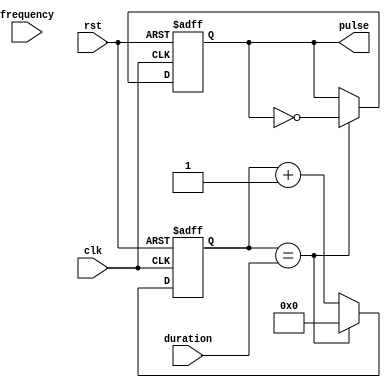
module Variable_Frequency_Pulse_Generator(
    input wire clk,
    input wire rst,
    input wire [7:0] frequency,
    input wire [15:0] duration,
    output reg pulse
);

reg [15:0] counter;

always @(posedge clk or posedge rst) begin
    if (rst) begin
        counter <= 0;
        pulse <= 0;
    end else begin
        if (counter == duration) begin
            pulse <= ~pulse;
            counter <= 0;
        end else begin
            counter <= counter + 1;
        end
    end
end

endmodule